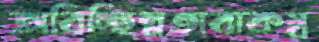
অবিচ্ছিন্নতাবাকস্ব